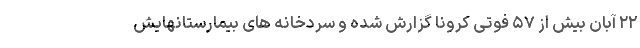
۲۲ آبان بیش از ۵۷ فوتی کرونا گزارش شده و سردخانه های بیمارستانهایش